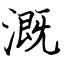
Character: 溉